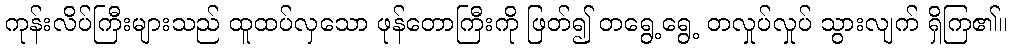
ကုန်းလိပ်ကြီးများသည် ထူထပ်လှသော ဖုန်တောကြီးကို ဖြတ်၍ တရွေ့ရွေ့ တလှုပ်လှုပ် သွားလျက် ရှိကြ၏။